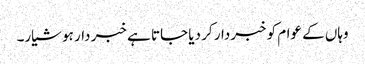
وہاں کے عوام کو خبردار کر دیا جاتا ہے خبر دار ہو شیار۔